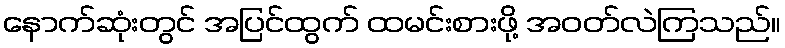
နောက်ဆုံးတွင် အပြင်ထွက် ထမင်းစားဖို့ အဝတ်လဲကြသည်။